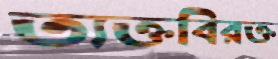
ত্যক্তবিরক্ত